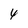
Character: 4